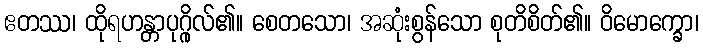
ဧတဿ၊ ထိုရဟန္တာပုဂ္ဂိုလ်၏။ စေတသော၊ အဆုံးစွန်သော စုတိစိတ်၏။ ဝိမောက္ခော၊